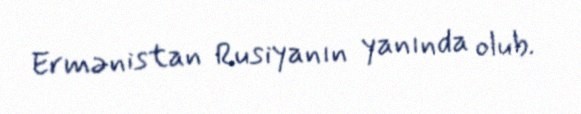
Ermənistan Rusiyanın yanında olub.